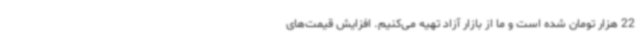
22 هزار تومان شده است و ما از بازار آزاد تهیه می‌کنیم. افزایش قیمت‌های